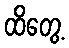
ထိတွေ့